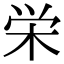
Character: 栄